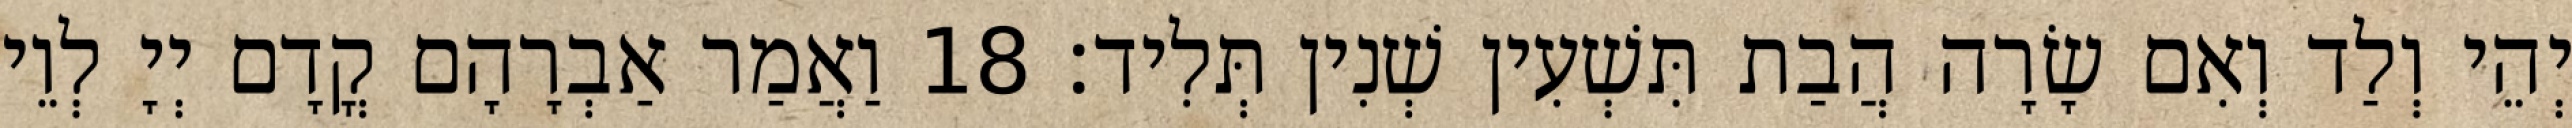
יְהֵי וְלַד וְאִם שָׂרָה הֲבַת תִּשְׁעִין שְׁנִין תְּלִיד׃ 18 וַאֲמַר אַבְרָהָם קֳדָם יְיָ לְוֵי